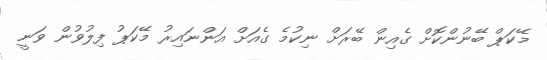
މޭކަޕް ބޭނުންކޮށް ގެއިން ބޭރަށް ނިކުމެ ގެއަށް އަންނައިރު މޭކަޕު ފިލުވުން ވަނީ